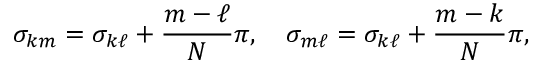
\sigma _ { k m } = \sigma _ { k \ell } + { \frac { m - \ell } { N } } \pi , \quad \sigma _ { m \ell } = \sigma _ { k \ell } + { \frac { m - k } { N } } \pi ,